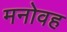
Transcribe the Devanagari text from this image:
मनोवह